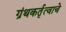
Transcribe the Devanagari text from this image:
ग्रंथकर्तृत्वाचे